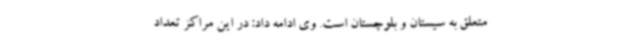
متعلق به سیستان و بلوچستان است. وی ادامه داد: در این مراکز تعداد